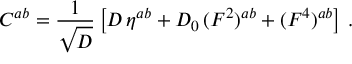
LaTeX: C ^ { a b } = { \frac { 1 } { \sqrt { \cal D } } } \left[ { \cal D } \, \eta ^ { a b } + { \cal D } _ { 0 } \, ( { \cal F } ^ { 2 } ) ^ { a b } + ( { \cal F } ^ { 4 } ) ^ { a b } \right] \, .